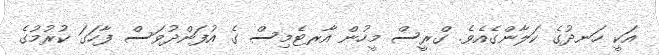
އަކީ ހަނދުގެ ކަލާންގެއެވެ. ގްރީސް މީހުން އާރޓެމިސް ގެ އުފަންދުވަސް ފާހަގަ ކުރުމުގެ